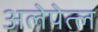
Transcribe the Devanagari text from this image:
अलेपेत्ल